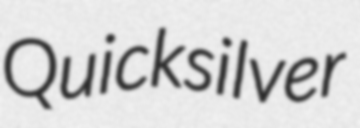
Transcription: Quicksilver